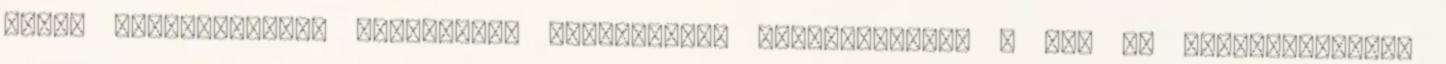
régió tanácsadással foglalkozó meghatározó vállalkozása. A cég fô tevékenységei: